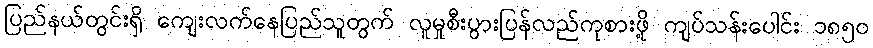
ပြည်နယ်တွင်းရှိ ကျေးလက်နေပြည်သူတွက် လူမှုစီးပွားပြန်လည်ကုစားဖို့ ကျပ်သန်းပေါင်း ၁၈၅၀